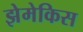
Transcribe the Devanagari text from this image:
झेमेकिस